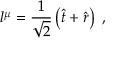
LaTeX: l ^ { \mu } = { \frac { 1 } { \sqrt { 2 } } } \left( { \hat { t } } + { \hat { r } } \right) \ ,